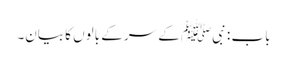
باب : نبیﷺ کے سر کے بالوں کا بیان۔